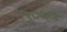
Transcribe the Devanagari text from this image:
२००१३